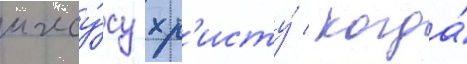
иису́су хр'исту́ / когда́